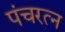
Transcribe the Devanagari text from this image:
पंचरत्‍न